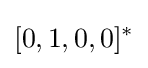
[0,1,0,0]^{*}